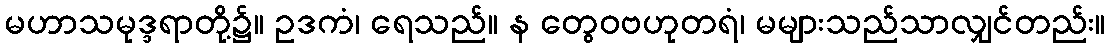
မဟာသမုဒ္ဒရာတို့၌။ ဥဒကံ၊ ရေသည်။ န တွေဝဗဟုတရံ၊ မများသည်သာလျှင်တည်း။